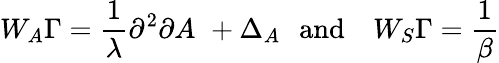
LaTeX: W_{A}\Gamma=\frac{1}{\lambda}\partial^{2}\partial A\, \, +\Delta_{A}\, \, \, \, \mathrm{\mathrm{and}}\, \, \, \, \, \, W_{S}\Gamma=\frac{1}{\beta}